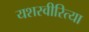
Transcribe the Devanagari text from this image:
यशस्‍वीरित्‍या